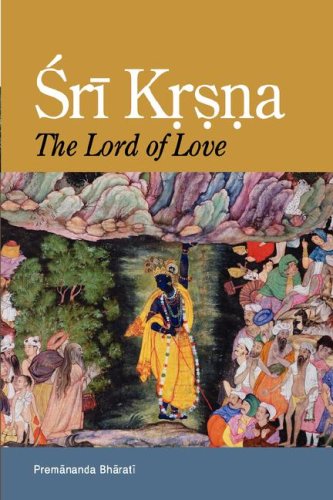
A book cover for Sri Krsna: The Lord of Love; Premananda Bharati; Religion & Spirituality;